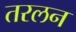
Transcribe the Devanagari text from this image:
तरलन